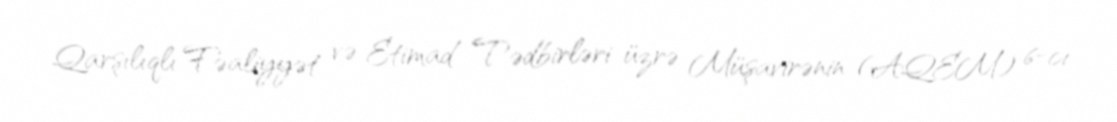
Qarşılıqlı Fəaliyyət və Etimad Tədbirləri üzrə Müşavirənin (AQEM) 6-cı